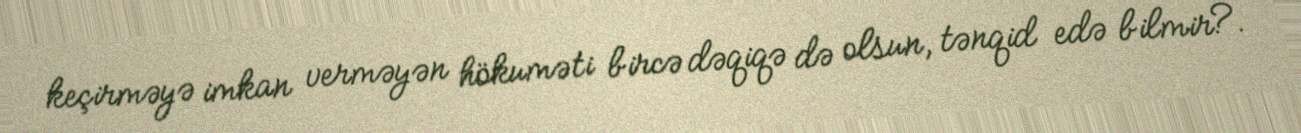
keçirməyə imkan verməyən hökuməti bircə dəqiqə də olsun, tənqid edə bilmir?.